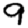
Digit: 9